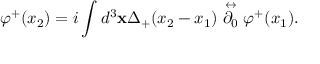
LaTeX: \varphi ^ { + } ( x _ { 2 } ) = i \int d ^ { 3 } { \bf x } \Delta _ { + } ( x _ { 2 } - x _ { 1 } ) \stackrel { \leftrightarrow } { \partial _ { 0 } } \varphi ^ { + } ( x _ { 1 } ) .